Scottish Leaving Certificate Examination, 1954
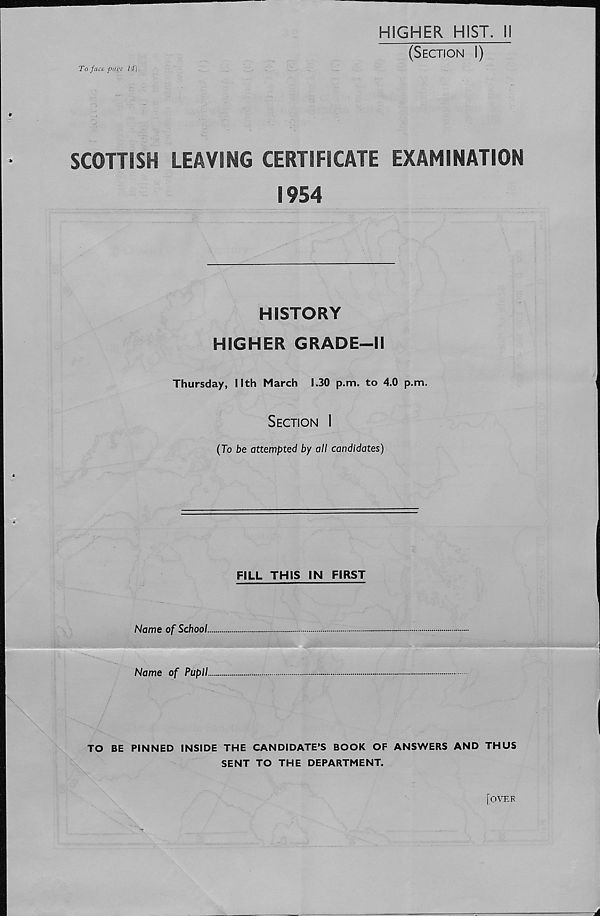
HIGHER HIST. II
(Section I)
To face puge 14
SCOTTISH LEAVING CERTIFICATE EXAMINATION
1954
HISTORY
HIGHER GRADE—II
Thursday, Nth March 1.30 p.m. to 4.0 p.m.
Section I
(To be attempted by all candidates)
FILL THIS IN FIRST
Name of School.
Name of Pupil.
TO BE PINNED INSIDE THE CANDIDATE’S BOOK OF ANSWERS AND THUS
SENT TO THE DEPARTMENT.
[over